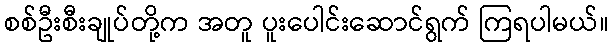
စစ်ဦးစီးချုပ်တို့က အတူ ပူးပေါင်းဆောင်ရွက် ကြရပါမယ်။